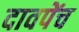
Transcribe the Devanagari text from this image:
दावपेंच